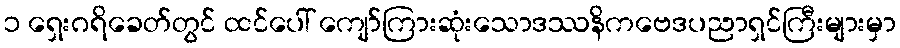
၁ ရှေးဂရိခေတ်တွင် ထင်ပေါ် ကျော်ကြားဆုံးသောဒဿနိကဗေဒပညာရှင်ကြီးများမှာ